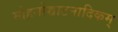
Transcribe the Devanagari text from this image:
मोहनोच्चाटनादिकम्